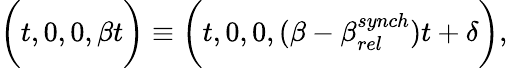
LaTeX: \bigg(t,0,0,\beta t\bigg)\equiv\bigg(t,0,0,(\beta-\beta_{rel}^{synch})t+\delta\bigg),